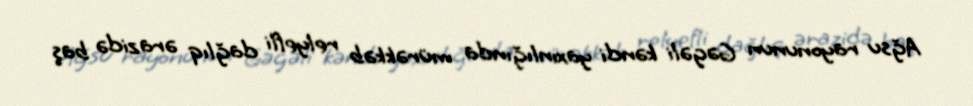
Ağsu rayonunun Gəgəli kəndi yaxınlığında mürəkkəb relyefli dağlıq ərazidə baş